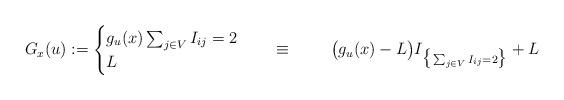
LaTeX: \begin{align*}G_x(u):=\begin{cases}g_u(x)\sum_{j\in V}I_{ij}=2\\L\end{cases}\quad\equiv\qquad\;\big(g_u(x)-L\big)I_{\big\{\sum_{j\in V}I_{ij}=2\big\}}+L\end{align*}